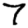
Digit: 7